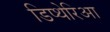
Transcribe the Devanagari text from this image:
डिप्थेरिआ